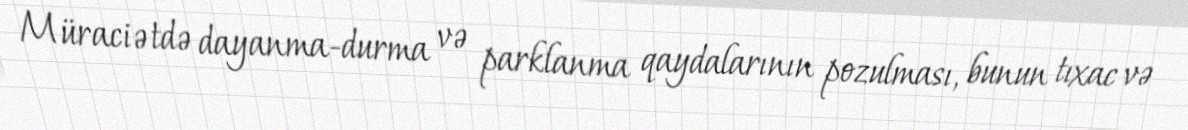
Müraciətdə dayanma-durma və parklanma qaydalarının pozulması, bunun tıxac və